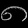
Digit: ၈